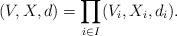
LaTeX: \begin{align*}(V,X,d) = \prod_{i \in I} (V_i,X_i,d_i). \end{align*}